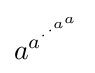
a^{a^{\cdot ^{\cdot ^{a^{a}}}}}